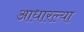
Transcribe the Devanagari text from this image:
आधारल्या